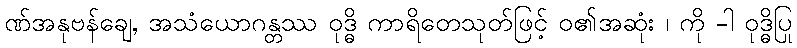
ဏ်အနုဗန်ချေ, အသံယောဂန္တဿ ဝုဒ္ဓိ ကာရိတေသုတ်ဖြင့် ဝ၏အဆုံး ၊ ကို -ါ ဝုဒ္ဓိပြု